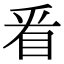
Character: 㸔